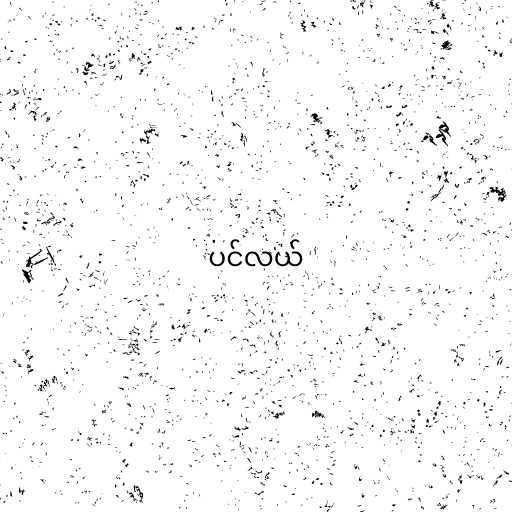
ပင်လယ်